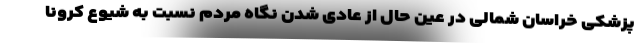
پزشکی خراسان شمالی در عین حال از عادی شدن نگاه مردم نسبت به شیوع کرونا